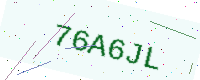
Text: 76A6JL